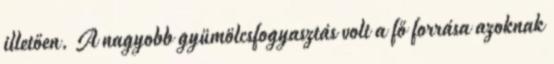
illetően. A nagyobb gyümölcsfogyasztás volt a fő forrása azoknak